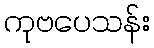
ကုဗပေသန်း